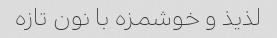
لذیذ و خوشمزه با نون تازه